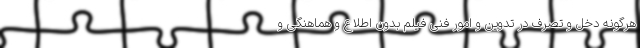
هرگونه دخل و تصرف در تدوین و امور فنی فیلم بدون اطلاع و هماهنگی و